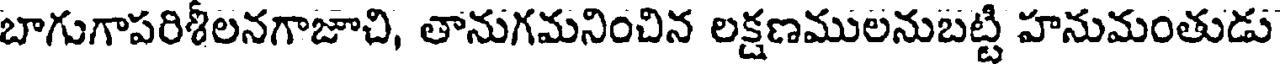
బాగుగాపరిశీలనగాజాచి, తానుగమనించిన లక్షణములనుబట్టి హనుమంతుడు